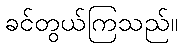
ခင်တွယ်ကြသည်။